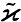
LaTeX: \tilde{\varkappa}